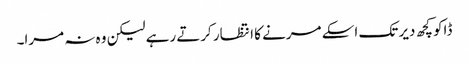
ڈاکو کچھ دیر تک اسکے مرنے کا انتظار کرتے رہے لیکن وہ نہ مرا۔